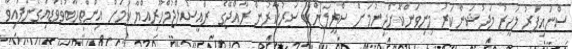
ސްނައިޕަރު ލަހީރު މަދުޝަންކަރު މިނިވަންކޮށްދިނުމަށް ސްރީލަންކާ ސަރުކާރުން ރާއްޖޭގެ ރައީސުލްޖުމްހޫރިއްޔާ ކަމަށް އިންތިހާބުވެވަޑައިގެންފައިވާ